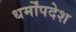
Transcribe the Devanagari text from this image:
धर्मोंपदेश